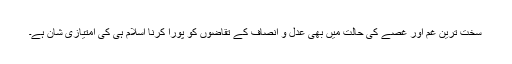
سخت ترین غم اور غصے کی حالت میں بھی عدل و انصاف کے تقاضوں کو پورا کرنا اسلام ہی کی امتیازی شان ہے۔